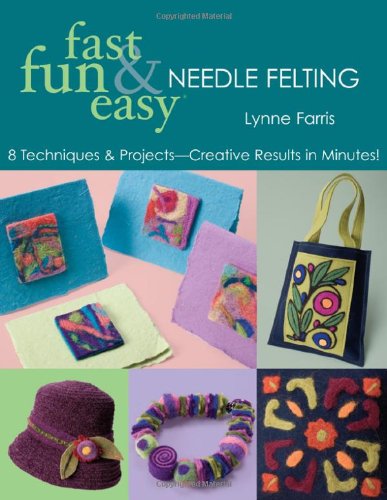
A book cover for Fast, Fun & Easy Needle Felting: 8 Techniques & Projects - Creative Results in Minutes!; Lynne Farris; Crafts, Hobbies & Home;